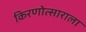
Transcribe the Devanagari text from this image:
किरणोत्साराला